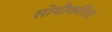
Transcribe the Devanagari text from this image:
सोयीकरिता